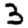
Digit: 3